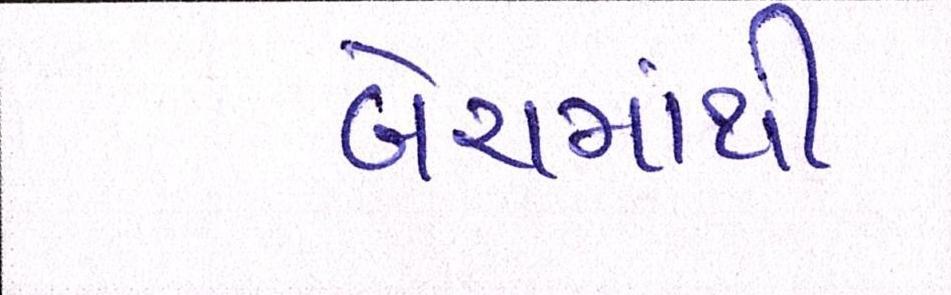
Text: બેચમાંથી